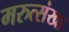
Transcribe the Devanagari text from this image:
मरुत्संखा